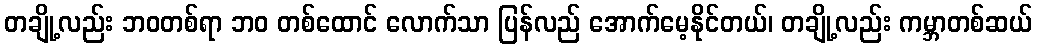
တချို့လည်း ဘဝတစ်ရာ ဘဝ တစ်ထောင် လောက်သာ ပြန်လည် အောက်မေ့နိုင်တယ်၊ တချို့လည်း ကမ္ဘာတစ်ဆယ်